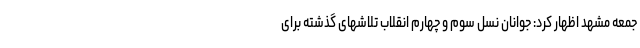
جمعه مشهد اظهار کرد: جوانان نسل سوم و چهارم انقلاب تلاشهای گذشته برای